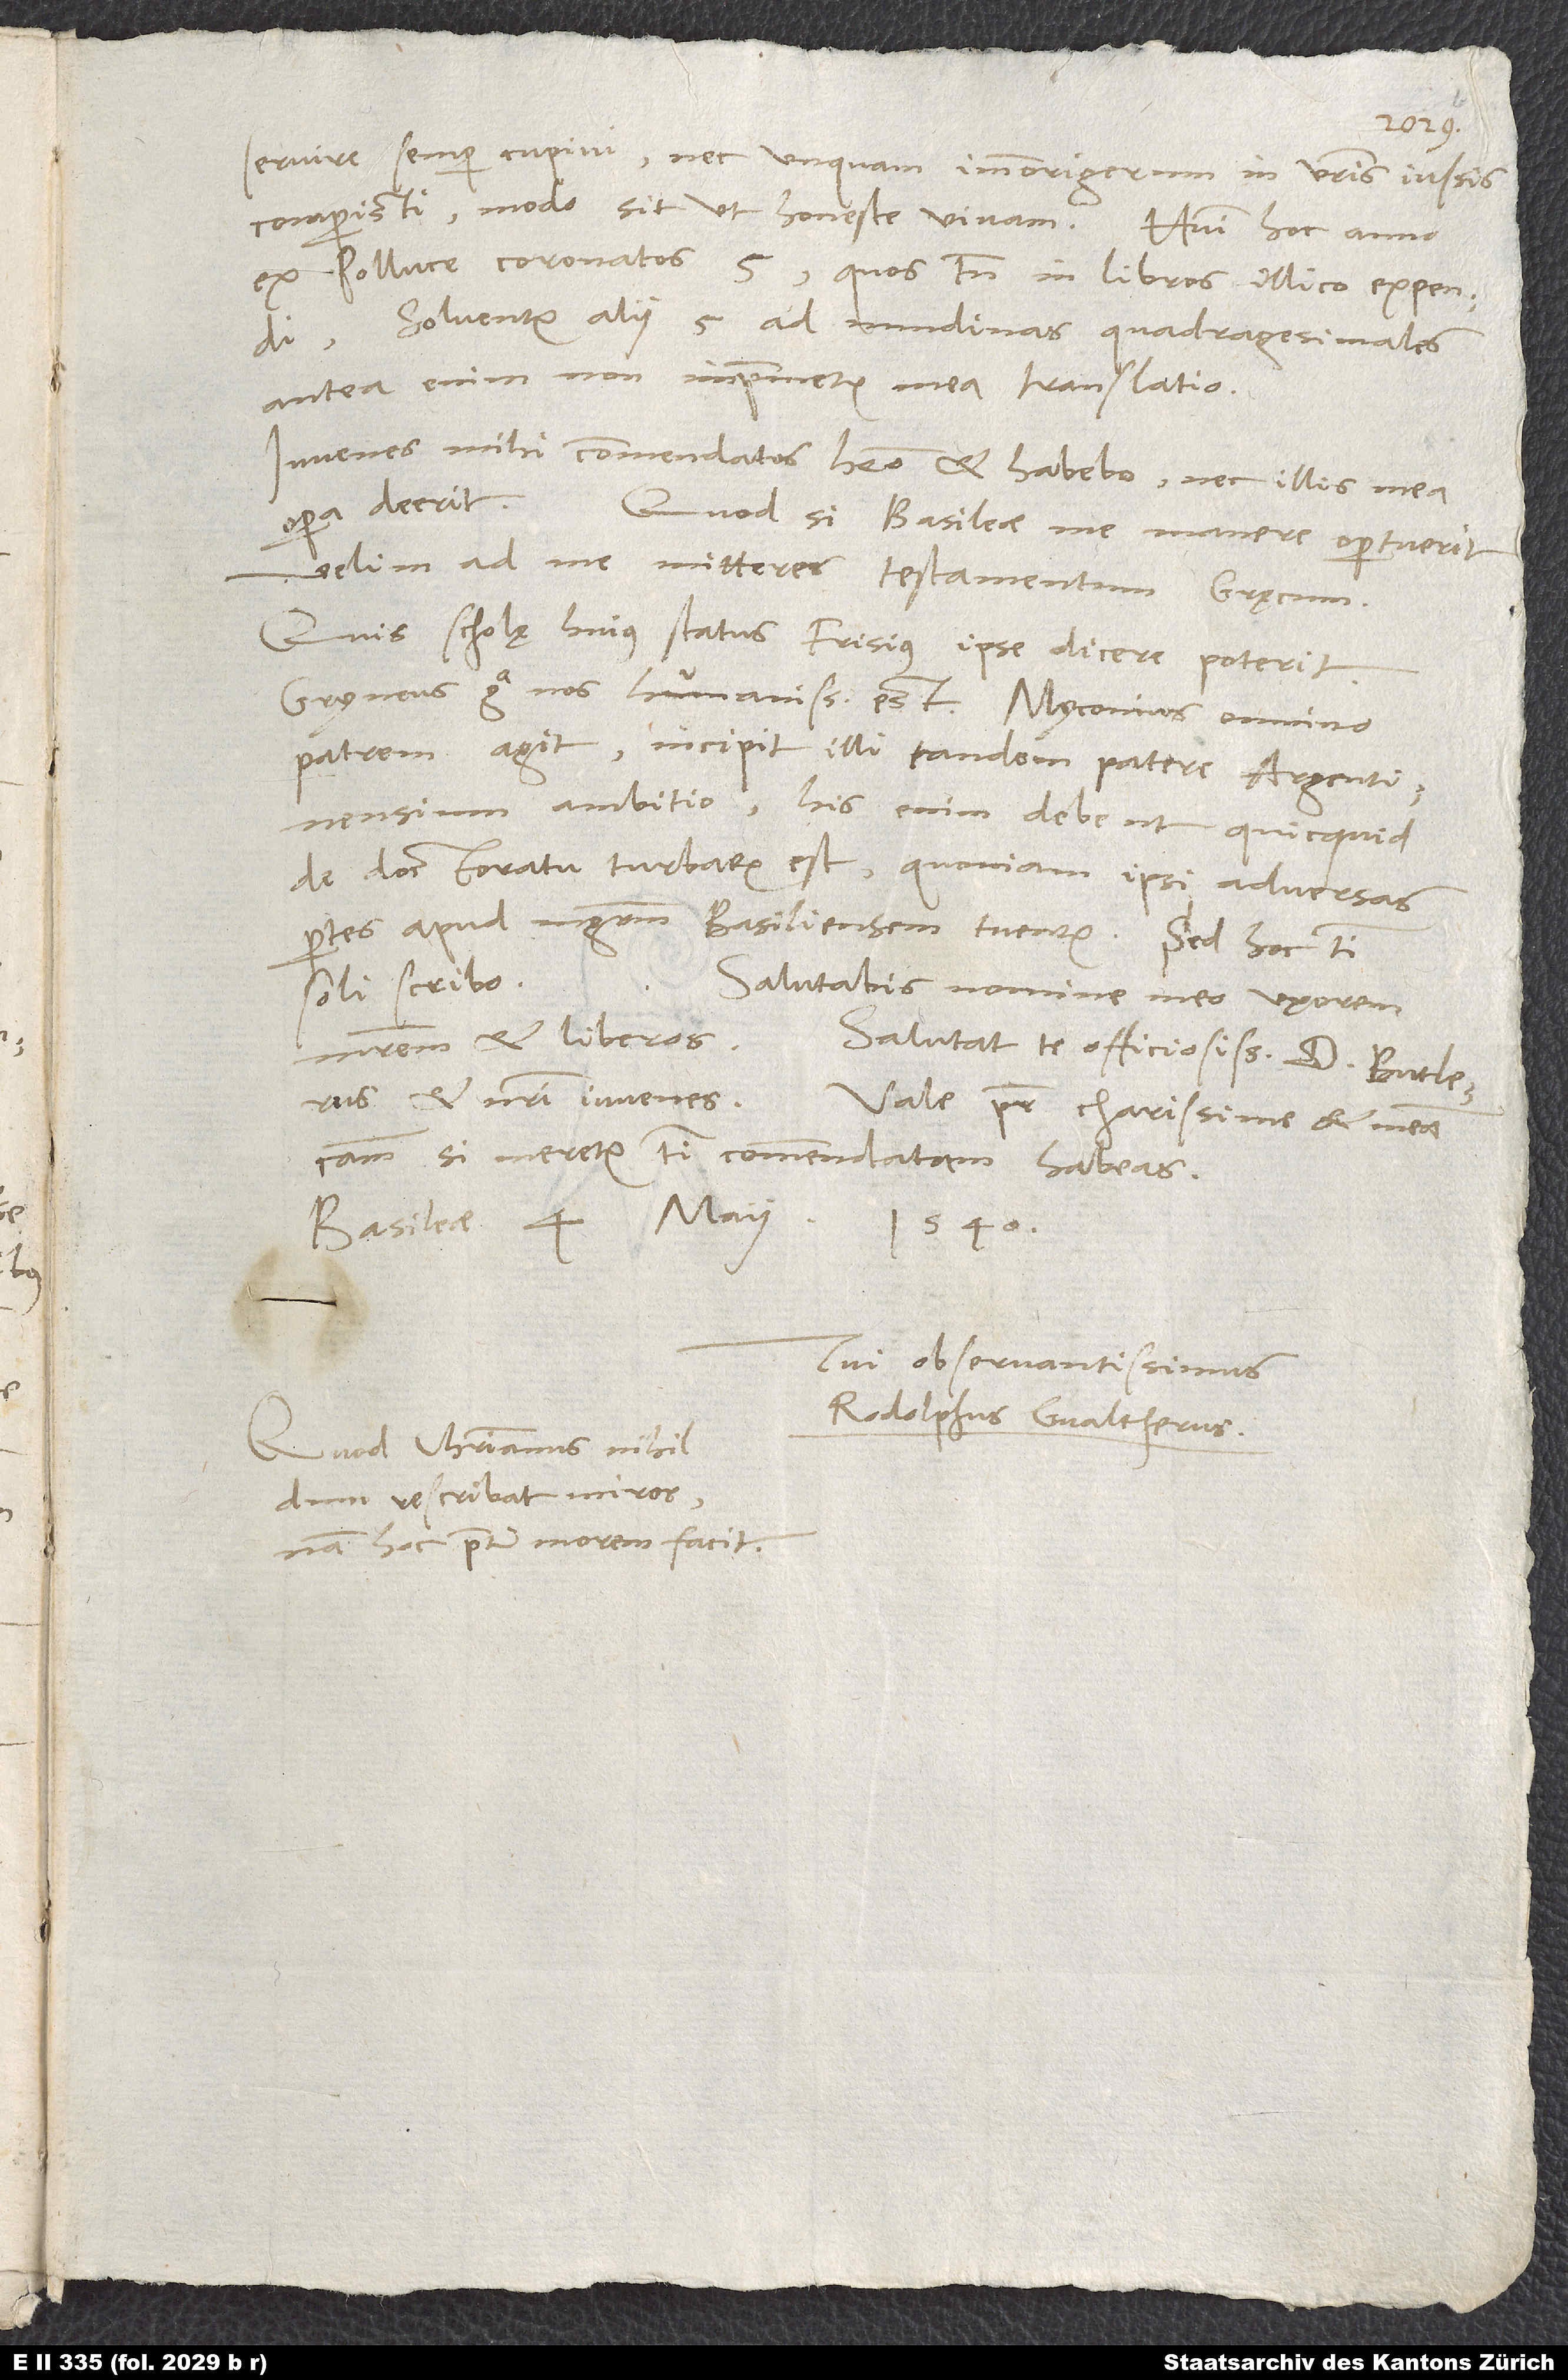
servire semper cupivi, nec unquam immorigerum in vestris iussis
ex Polluce coronatos 5, quos tamen in libros illico expendi.
Solventur alii 5 ad nundinas quadragesimales;
antea enim non imprimetur mea translatio.
Iuvenes mihi commendatos habeo et habebo, nec illis mea
opera deerit. Quod si Basileae me manere oportuerit,
velim, ad me mitteres testamentum Gręcum.
Quis scholę huius status, Frisius ipse dicere poterit.
Gryneus erga nos humanissimus est; Myconius omnino
patrem agit. Incipit illi tandem patere Argentinensium
ambitio; his enim debent, quicquid
de doctoratu turbarum est, quoniam ipsi adversas
partes apud magistratum Basiliensem tuentur. Sed hoc tibi
soli scribo.
Salutabis nomine meo uxorem,
matrem et liberos. Salutat te officiosissime d. Butlerus
et nostri iuvenes. Vale, pater charissime, et meam
causam, si meretur, tibi commendatam habeas.
Basileae, 4. maii
1540.
Tui observantissimus
Rodolphus Gvaltherus.
Quod Christianus nihil
dum rescribat, miror;
nam hoc praeter morem facit.